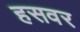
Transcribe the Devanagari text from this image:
हसवर